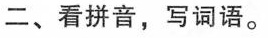
二、看拼音，写词语。